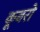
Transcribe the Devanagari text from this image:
कूबरो